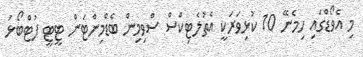
މި އެވޯޑްގައި ހިމެނޭ 10 ކުޅިވަރަކީ އެތުލެޓިކްސް ސްވިމިން ބެޑްމިންޓަން ޓީޓީ ފުޓްބޯޅަ